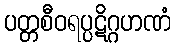
ပတ္တစီဝရပ္ပဋိဂ္ဂဟဏံ